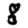
Digit: 8